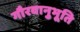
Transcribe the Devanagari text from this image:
गौरवानुभूति